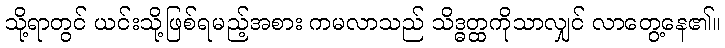
သို့ရာတွင် ယင်းသို့ဖြစ်ရမည့်အစား ကမလာသည် သိဒ္ဓတ္ထကိုသာလျှင် လာတွေ့နေ၏။